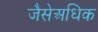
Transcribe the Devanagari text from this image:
जैसेअधिक